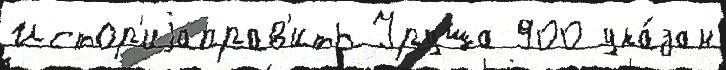
Истор'иjаправ'ить Уруша 900 ука́зан